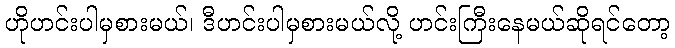
ဟိုဟင်းပါမှစားမယ်၊ ဒီဟင်းပါမှစားမယ်လို့ ဟင်းကြီးနေမယ်ဆိုရင်တော့